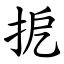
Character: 㧖